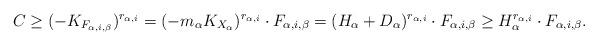
LaTeX: \begin{align*}C\ge (-K_{ F_{\alpha,i, \beta}})^{r_{\alpha,i}}=(-m_\alpha K_{X_\alpha})^{r_{\alpha,i}}\cdot F_{\alpha,i, \beta}= (H_\alpha+ D_\alpha)^{r_{\alpha,i}}\cdot F_{\alpha,i, \beta}\ge H_\alpha^{r_{\alpha,i}}\cdot F_{\alpha,i, \beta}.\end{align*}